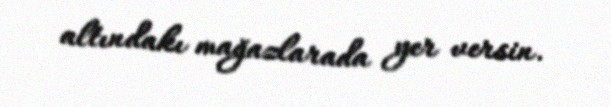
altındakı mağazlarada yer versin.